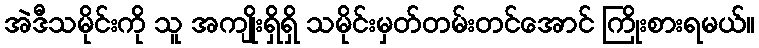
အဲဒီသမိုင်းကို သူ အကျိုးရှိရှိ သမိုင်းမှတ်တမ်းတင်အောင် ကြိုးစားရမယ်။